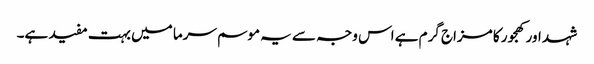
شہد اور کھجور کا مزاج گرم ہے اس وجہ سے یہ موسم سرما میں بہت مفید ہے۔